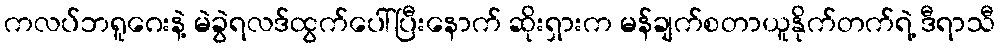
ကလပ်ဘရူဂေးနဲ့ မဲခွဲရလဒ်ထွက်ပေါ်ပြီးနောက် ဆိုးရှားက မန်ချက်စတာယူနိုက်တက်ရဲ့ ဒီရာသီ